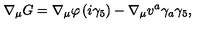
\nabla _ { \mu } G = \nabla _ { \mu } \varphi \left( i \gamma _ { 5 } \right) - \nabla _ { \mu } v ^ { a } \gamma _ { a } \gamma _ { 5 } ,